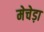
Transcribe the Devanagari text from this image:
मेचेड़ा